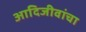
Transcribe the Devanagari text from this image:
आदिजीवांचा